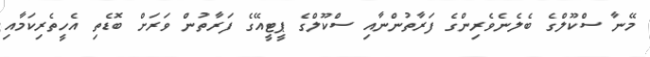
މޭނާ ސްކޫލްގެ ބެލެނެވެރިންގެ ފަރާތުންނާއި ސްކޫލްގެ ޕީޓީއޭގެ ފަރާތުން ވަރަށް ބޮޑެތި އެހީތެރިކަމާއި